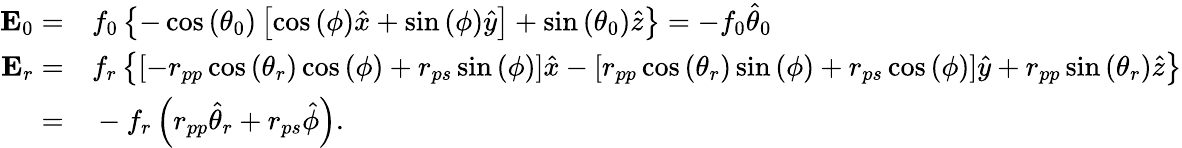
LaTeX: \begin{array}{rl}{\mathbf{E}_{0}=}&{{}f_{0}\left\{ -\cos{(\theta_{0})}\left[\cos{(\phi)}\hat{x}+\sin{(\phi)}\hat{y}\right]+\sin{(\theta_{0})}\hat{z}\right\} =-f_{0}\hat{\theta}_{0}}\\ {\mathbf{E}_{r}=}&{{}f_{r}\left\{ \left[-r_{pp}\cos{(\theta_{r})}\cos{(\phi)}+r_{ps}\sin{(\phi)}\right]\hat{x}-\left[r_{pp}\cos{(\theta_{r})}\sin{(\phi)}+r_{ps}\cos{(\phi)}\right]\hat{y}+r_{pp}\sin{(\theta_{r})}\hat{z}\right\} }\\ {=}&{{}-f_{r}\left(r_{pp}\hat{\theta}_{r}+r_{ps}\hat{\phi}\right).}\end{array}